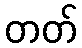
တတ်